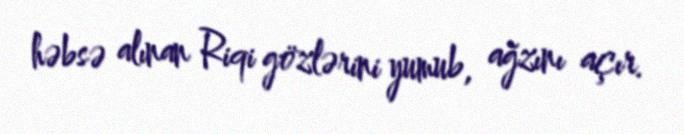
həbsə alınan Riqi gözlərini yumub, ağzını açır.